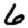
Digit: 6